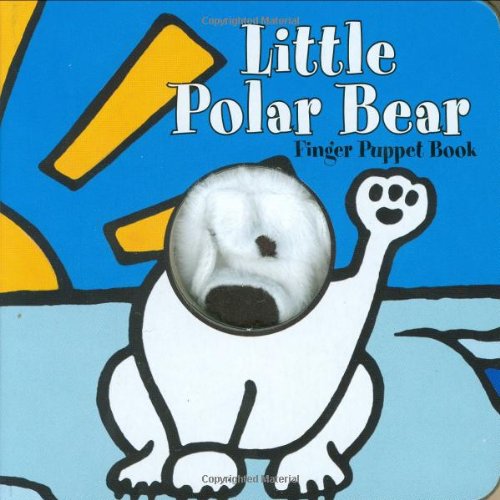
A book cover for Little Polar Bear: Finger Puppet Book (Little Finger Puppet Board Books); ImageBooks; Children's Books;